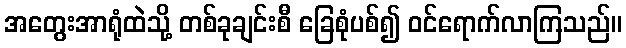
အတွေးအာရုံထဲသို့ တစ်ခုချင်းစီ ခြေစုံပစ်၍ ဝင်ရောက်လာကြသည်။